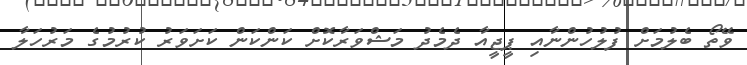
ވޭތޯ ބެލުމަށް ފުލުހުންނާއި ޕީޖީއާ ދެމެދު މަޝްވަރާކޮށް ކަންކަން ކަށަވަރު ކުރުމުގެ މަރުހަލާ